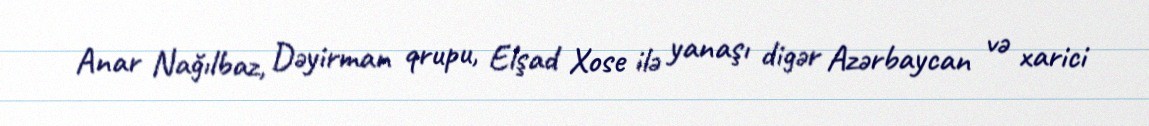
Anar Nağılbaz, Dəyirman qrupu, Elşad Xose ilə yanaşı digər Azərbaycan və xarici